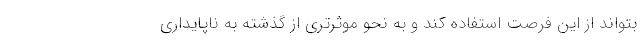
بتواند از اين فرصت استفاده كند و به نحو موثرتري از گذشته به ناپايداري